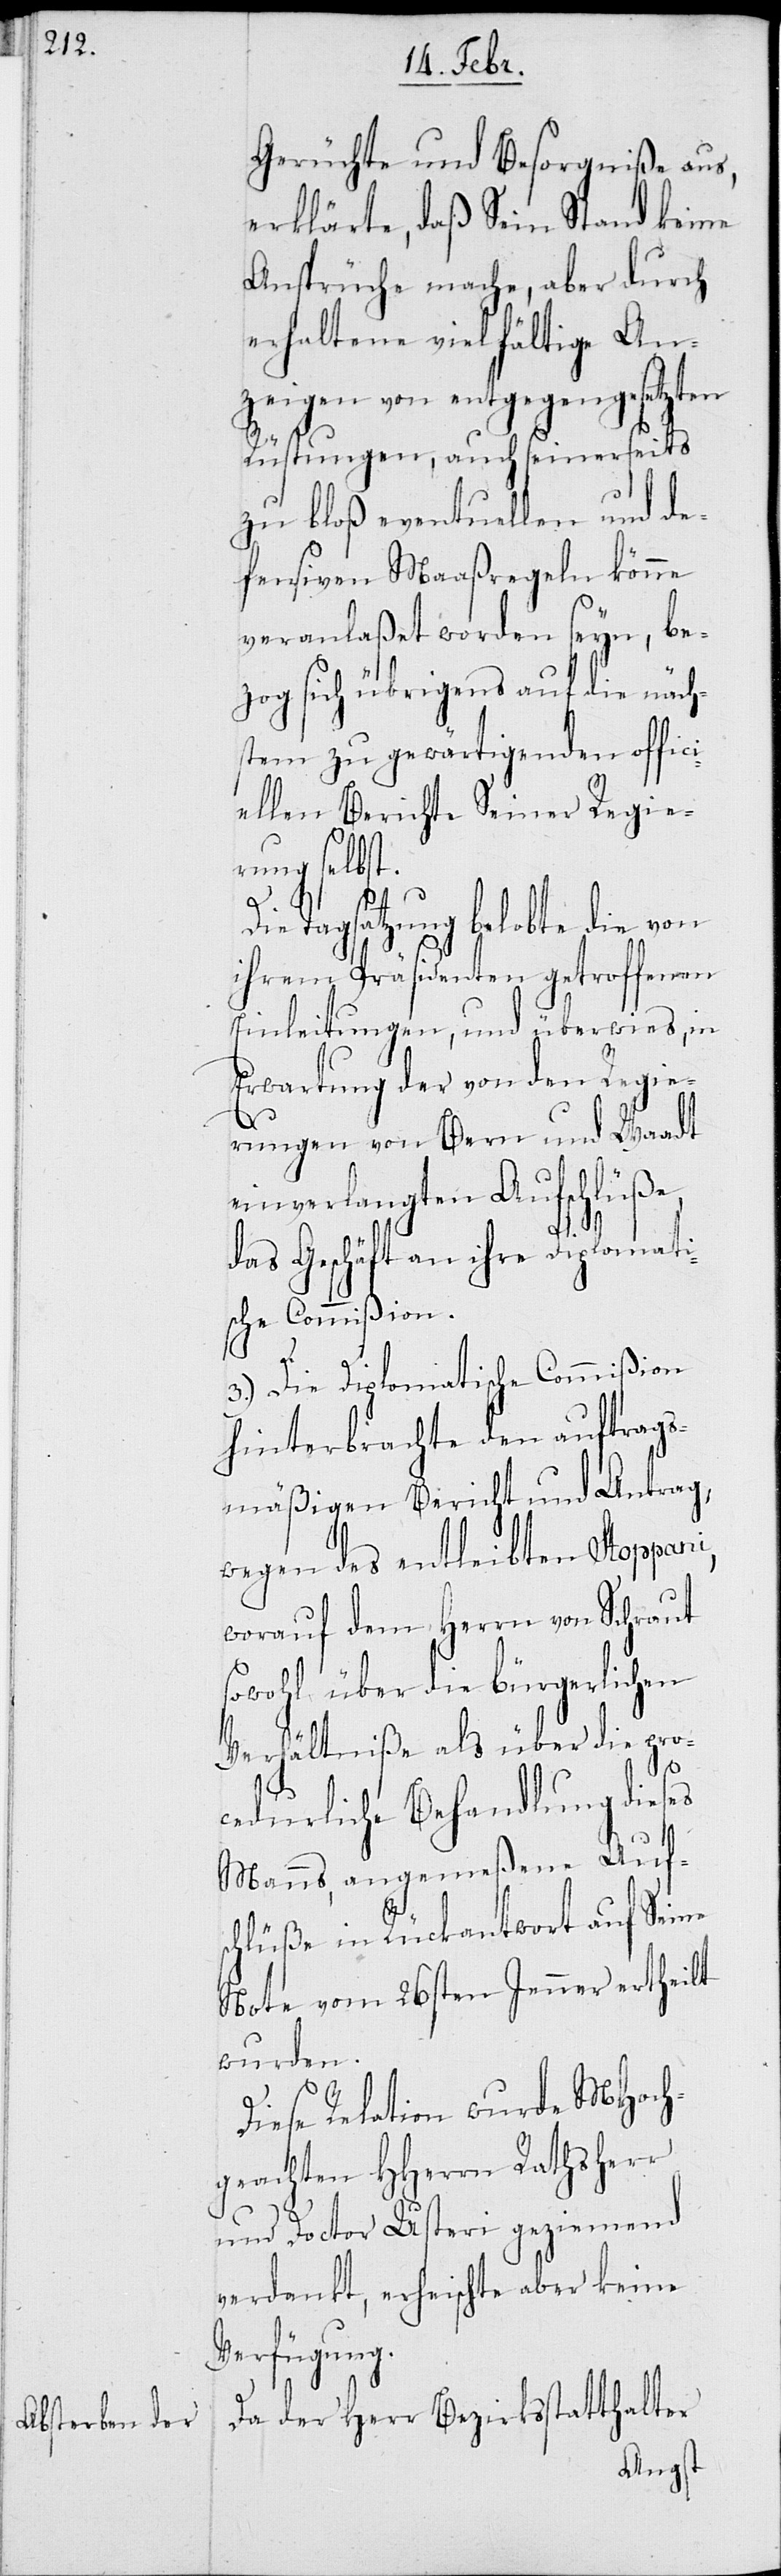
Gerüchte und Besorgniße aus,
erklärte, daß Sein Stand keine
Ansprüche mache, aber durch
erhaltene vielfältige An¬
zeigen von entgegengesetzten
Rüstungen, auch seinerseits
zu bloß eventuellen und de¬
fensiven Maaßregeln könne
veranlaßet worden seyn, be¬
zog sich übrigens auf die näch¬
stem zu gewärtigenden offici¬
ellen Berichte Seiner Regie¬
rung selbst.
Die Tagsatzung belobte die von
ihrem Präsidenten getroffenen
Einleitungen, und überwies, in
Erwartung der von den Regie¬
rungen in Bern und Waadt
einverlangten Aufschlüße,
das Geschäft an ihre Diplomati¬
sche Commißion.
3.) Die Diplomatische Commißion
hinterbrachte den auftrags¬
mäßigen Bericht und Antrag,
wegen des entleibten Stoppani,
worauf dem Herrn von Schraut
sowohl über die bürgerlichen
Verhältniße als über die pro¬
cedurliche Behandlung dieses
Manns, angemeßene Auf¬
schlüße in Rückantwort auf Seine
Note vom 26ten Jenner ertheilt
wurden.
Diese Relation wurde MHoch¬
geachten HHerrn Rathsherr
und Doctor Usteri geziemend
verdankt, erheischte aber keine
Verfügung.
Da der Herr Bezirksstatthalter